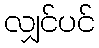
လျှင်ပင်